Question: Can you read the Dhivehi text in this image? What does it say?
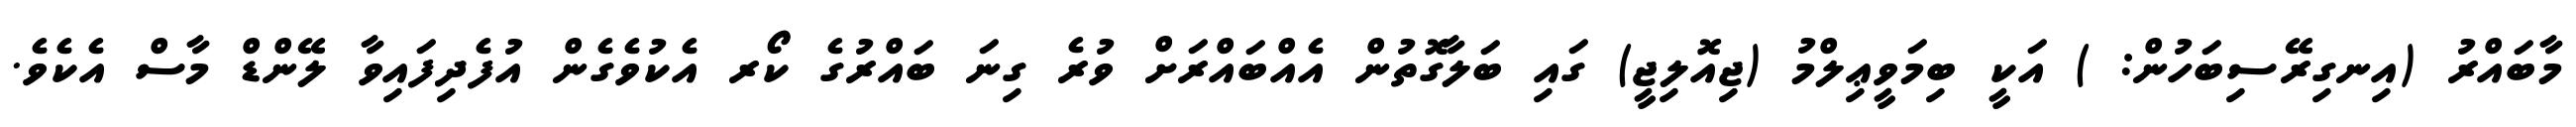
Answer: މާބައްރު (އިނގިރޭސިބަހުން: ) އަކީ ބިމަވީޢިލްމު (ޖިއޮލިޖީ) ގައި ބަލާގޮތުން އެއްބައްރަށް ވުރެ ގިނަ ބައްރުގެ ކޯރ އެކުވެގެން އުފެދިފައިވާ ލޭންޑް މާސް އެކެވެ.